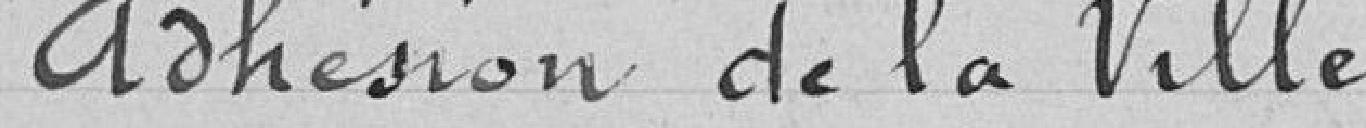
Adhésion de la Ville